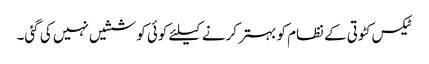
ٹیکس کٹوتی کے نظام کو بہتر کرنے کیلئے کوئی کوششیں نہیں کی گئی۔